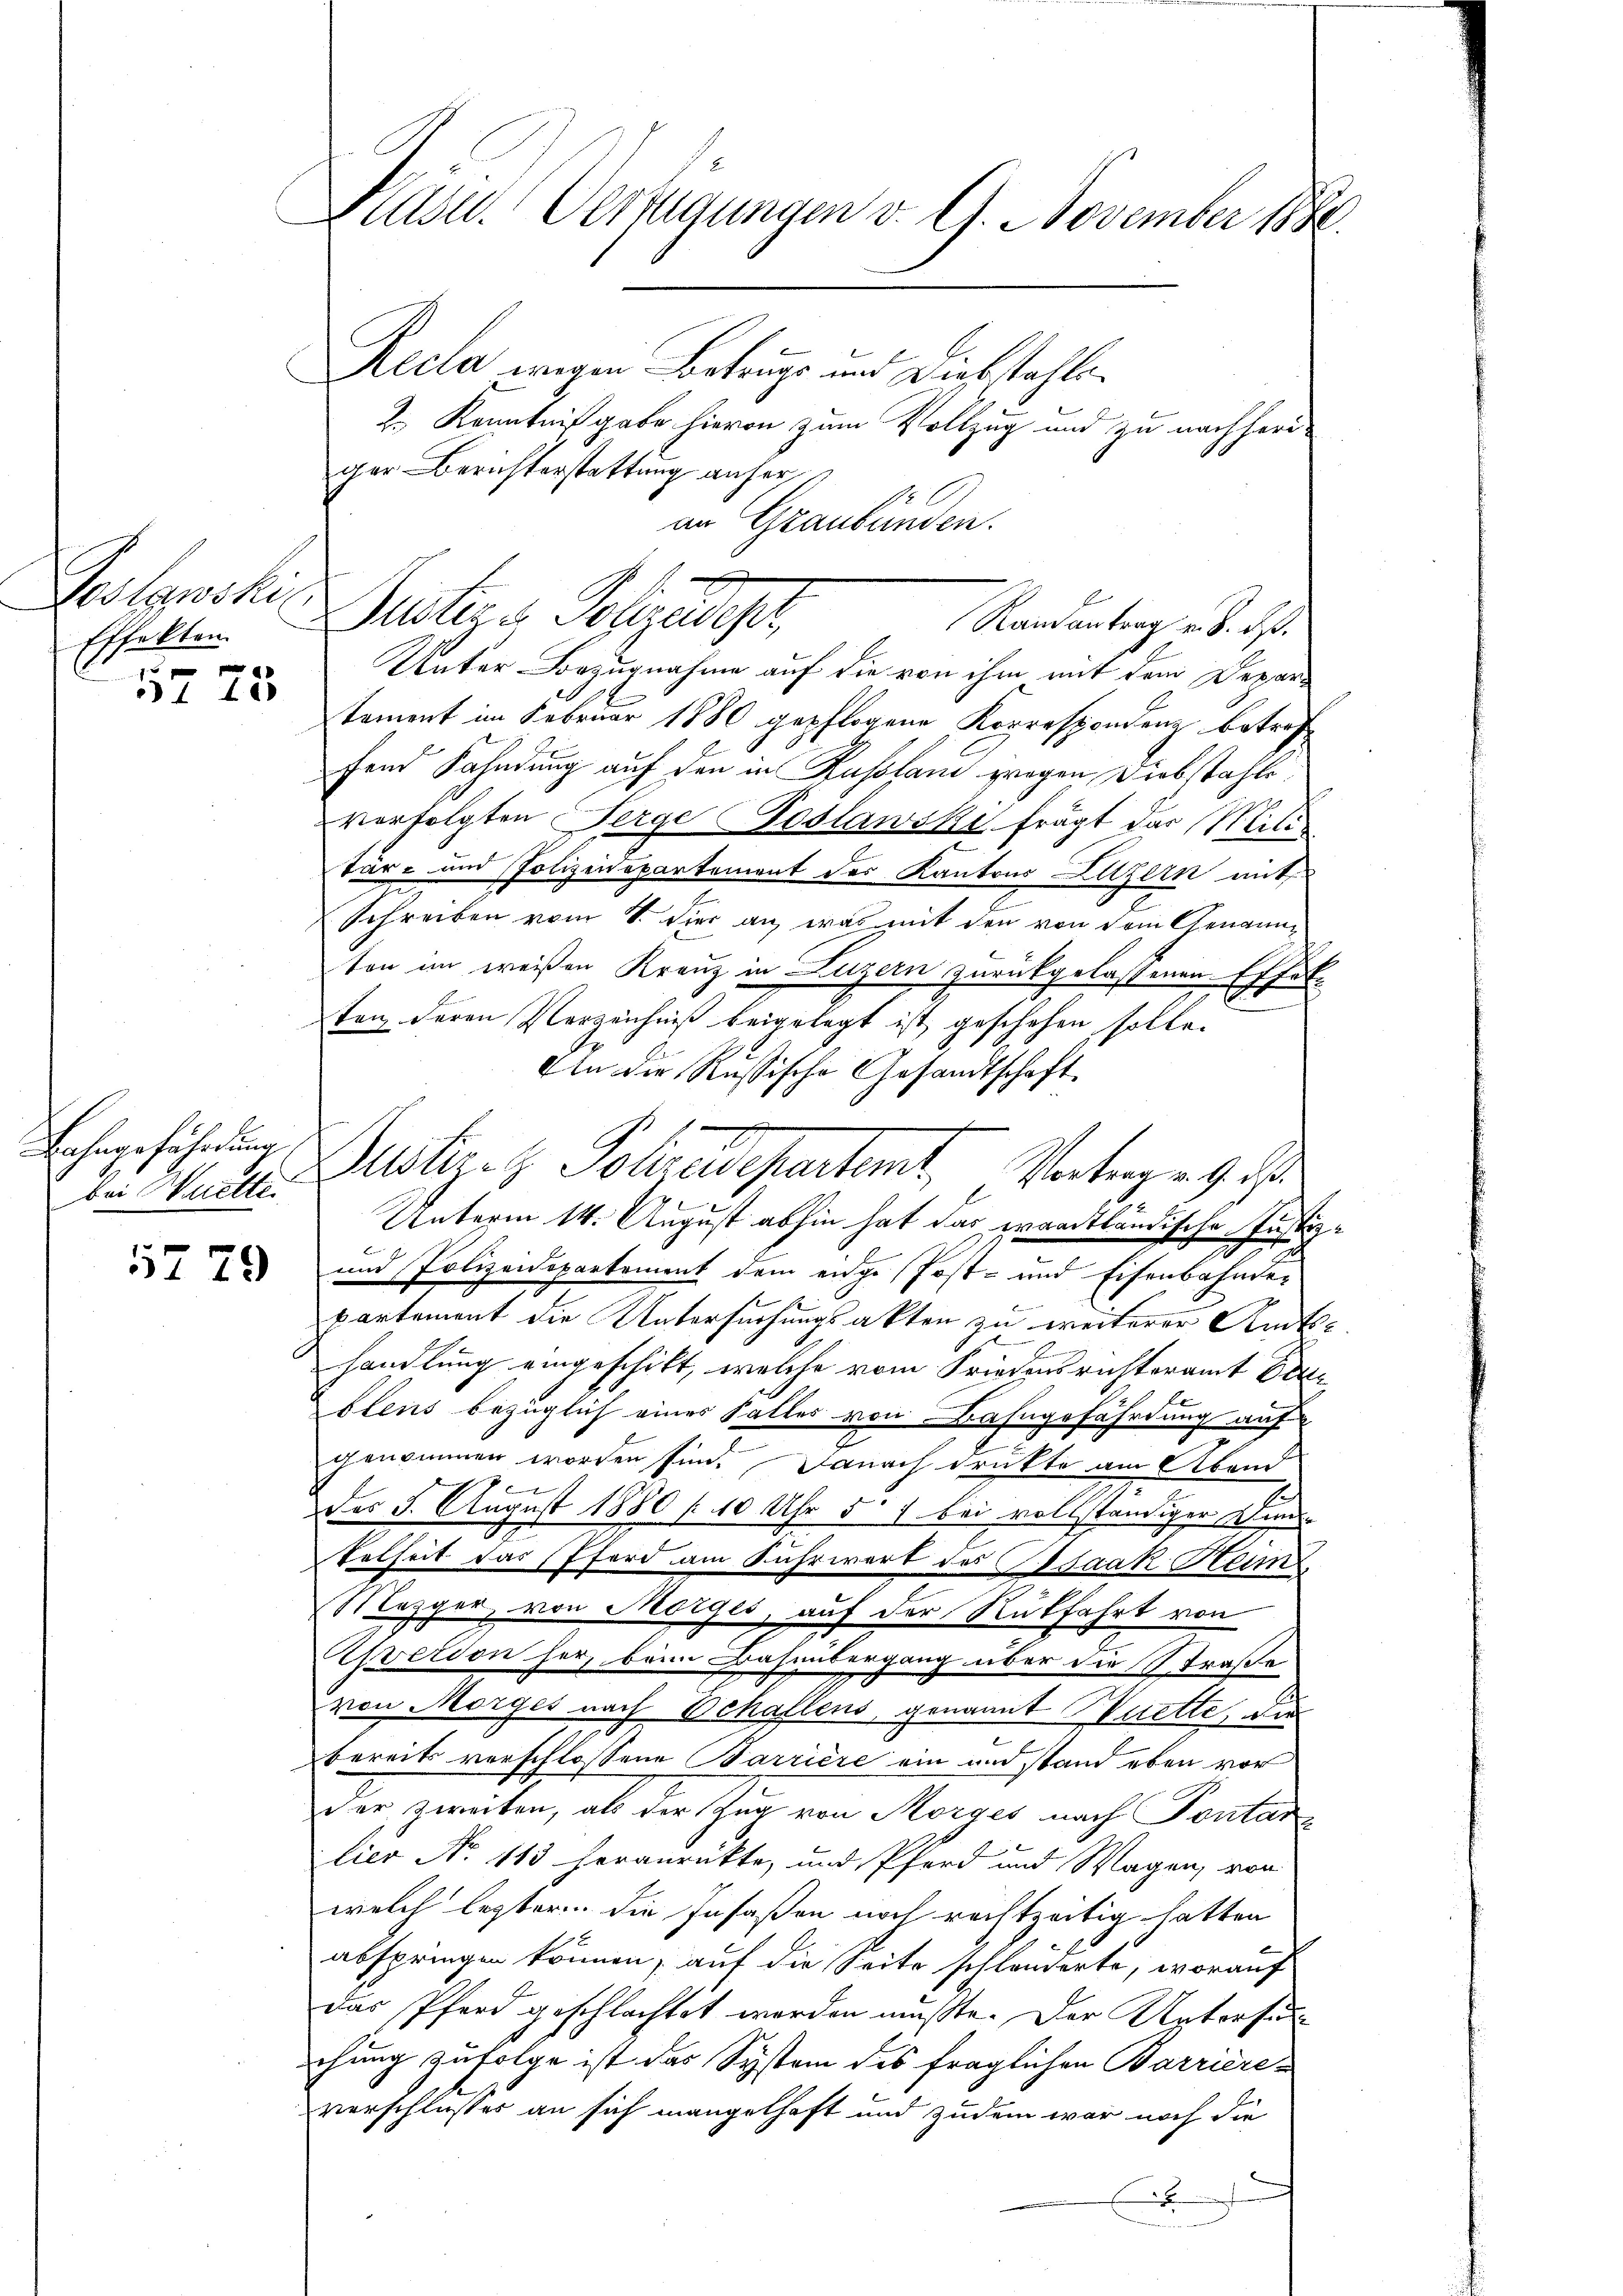
Goslarski
Effekten.
15 f 0 x

t le

Lahngefährdung,
bei Muetten

5729

Blaser Verfügungen v. 9. November 1882.

Recla wegen Betruge und Diebstahli¬
2.) Kenntnißgabe hievon zum Vollzug und zu nachheriger Berichterstattung anher

in Graubünden.
Justige Polizeidiger,
Unter Bezugnahme auf die von ihm mit dem Departement im Februar 1880 gepflogene Korrespondenz betref
fend Fahndung auf den in Russlani wegen Diebstahle
verfolgten Serge Poslawski frägt das Militär- und Polizeidepartement des Kantons Luzern mit
Schreiben vom 1. Fier an, was mit den von dem Genannton im weißen Kranz in Luzern zurückgelassenen Effekten deren Verzeichniß beigelegt ist geschehen solle.
An die Russische Gesandtschaft.
Justige Polizeidepartet, Vorberge ge
Unterm 14. August abhin hat das waadtländische Justiz-
und Polizeidepartement dem eige Post- und Eisenbahnder
partement die Untersuchungsakten zu weiterer Amtshandlung eingeschikt, welche vom Friedensrichteramt Dire
blens bezüglich eines Falles von Bahngefährdung auf
genommen worden sind. Danach drückte am Abend
f
Des 5. August 1880 (10 Uhr 51 bei vollständiger Wunde
d
telheit das Pferd am Fuhrwert des Odaak Num
Mezger, von Morges, auf der Rückfahrt von
Yverdon her, beim Bahnübergang über die Straße
von Morges nach Schallens, genannt Muette, die
e
bereits verschlossene Barrière ein und stand eben vor
der zweiten, als der Zug von Morges nach Pontar
lier No 113 heranrückte, und Pferd und Magen, von
welch legter die Insassen noch rechtzeitig hatten
abspringen können, auf die Seite schlanderte, worauf
das Pferd geschlachtet werden müßte. Der Untersuchung zufolge ist das System des fraglichen Barrière-
verschlusses an sich mangelhaft und zudem war noch die
F
d

Randantrag v. 8. ds.